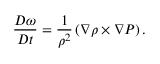
\frac { D \boldsymbol { \omega } } { D t } = \frac { 1 } { \rho ^ { 2 } } \left( \nabla \rho \times \nabla P \right) .